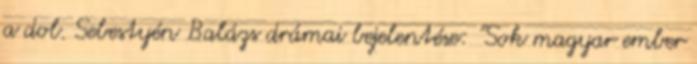
a dol. Sebestyén Balázs drámai bejelentése: "Sok magyar ember